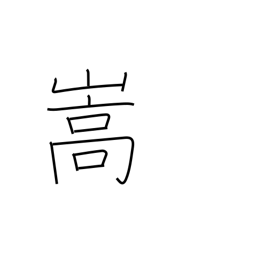
Meaning: be aggravated